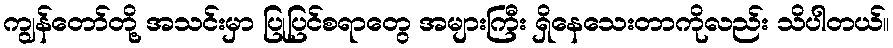
ကျွန်တော်တို့ အသင်းမှာ ပြုပြင်စရာတွေ အများကြီး ရှိနေသေးတာကိုလည်း သိပါတယ်။